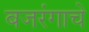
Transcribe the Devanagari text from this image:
बजरंगाचे